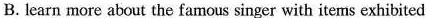
B.learn more about the famous singer with items exhibited